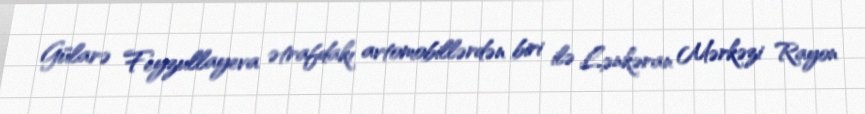
Gülarə Feyzullayeva ətrafdakı avtomobillərdən biri ilə Lənkəran Mərkəzi Rayon